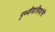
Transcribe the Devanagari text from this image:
पृथ्वीवासियांनी